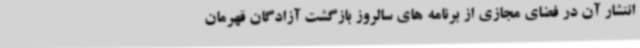
انتشار آن در فضای مجازی از برنامه های سالروز بازگشت آزادگان قهرمان